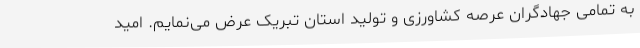
به تمامی جهادگران عرصه کشاورزی و تولید استان تبریک عرض می‌نمایم. امید